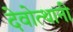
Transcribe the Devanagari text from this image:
देवोत्थानी